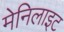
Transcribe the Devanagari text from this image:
मेनिलाइट